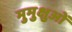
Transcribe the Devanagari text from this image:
मुमुक्षुओं